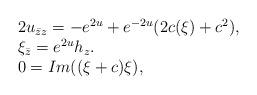
LaTeX: \begin{align*} \begin{array}{ll} 2 u_{\bar{z}z} = -e^{2u} +e^{-2u} (2c (\xi)+c^2),\\ \xi_{\bar{z}} = e^{2u} h_z. \\0 = Im((\xi + c)\xi ), \\ \end{array} \end{align*}